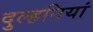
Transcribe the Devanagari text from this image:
दुल्हनियां